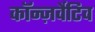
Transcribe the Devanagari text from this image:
कॉन्ज़र्वेटिव